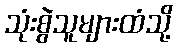
သုံးစွဲသူများထံသို့